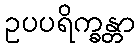
ဥပပရိက္ခန္တာ